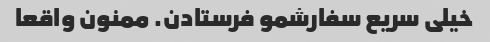
خیلی سریع سفارشمو فرستادن. ممنون واقعا